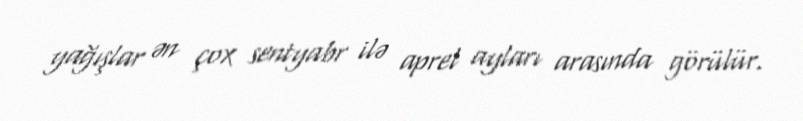
yağışlar ən çox sentyabr ilə aprel ayları arasında görülür.